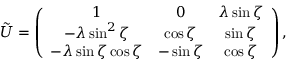
\tilde { U } = \left( \begin{array} { c c c } { { 1 } } & { { 0 } } & { { \lambda \sin \zeta } } \\ { { - \lambda \sin ^ { 2 } \zeta } } & { { \cos \zeta } } & { { \sin \zeta } } \\ { { - \lambda \sin \zeta \cos \zeta } } & { { - \sin \zeta } } & { { \cos \zeta } } \end{array} \right) ,